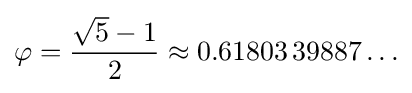
\varphi ={\frac {{\sqrt {5}}-1}{2}}\approx 0.61803\,39887\ldots